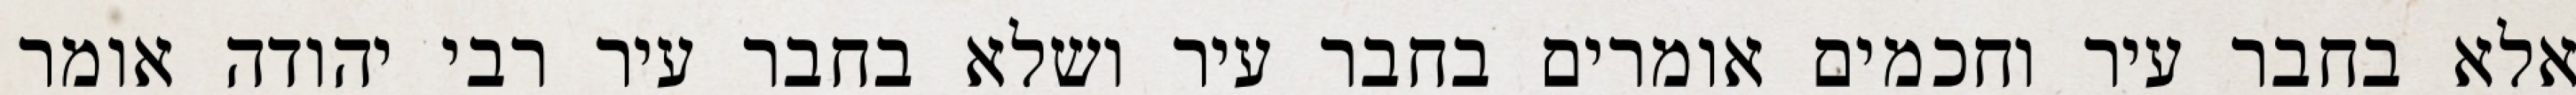
אלא בחבר עיר וחכמים אומרים בחבר עיר ושלא בחבר עיר רבי יהודה אומר